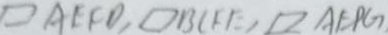
\square A E F D , \square B C F E , \square A E P G